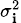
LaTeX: \scriptstyle\sigma_{\mathbf{i}}^{2}